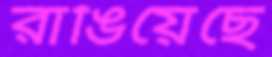
রাঙিয়েছে